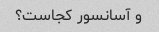
و آسانسور کجاست؟